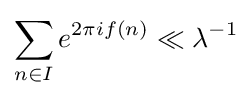
\sum _{n\in I}e^{2\pi if(n)}\ll \lambda ^{-1}